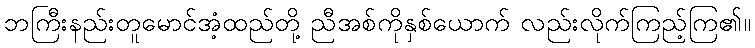
ဘကြီးနည်းတူမောင်အံ့ထည်တို့ ညီအစ်ကိုနှစ်ယောက် လည်းလိုက်ကြည့်ကြ၏။